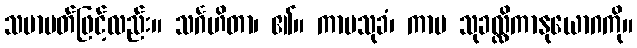
သမာပတ်ဖြင့်လည်း။ သင်္ဂဟိတာ၊ ၏။ ကာမသုခံ၊ ကာမ သုခလ္လိကာနုယောဂကို။